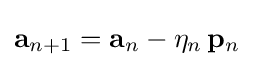
\mathbf {a} _{n+1}=\mathbf {a} _{n}-\eta _{n}\,\mathbf {p} _{n}